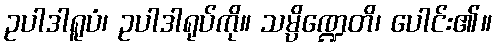
ဥပါဒါရူပံ၊ ဥပါဒါရုပ်ကို။ သမ္ပိဏ္ဍေတိ၊ ပေါင်း၏။